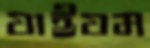
যাইযম